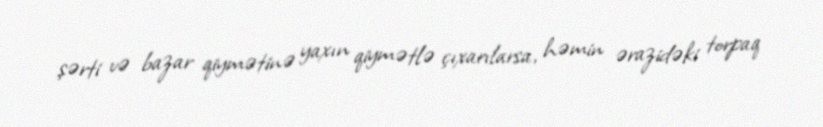
şərti və bazar qiymətinə yaxın qiymətlə çıxarılarsa, həmin ərazidəki torpaq